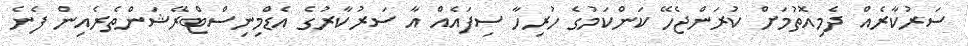
ސަރުކާރެއް ދެމިއޮތުމަށް ކުރަންޖެހޭ ކަންކަމުގެ ހުރިހާ ސިފައެއް އާ ސަރުކާރުގެ އެޑްމިނިސްޓްރޭޝަންތެރެއިން ފެނެ